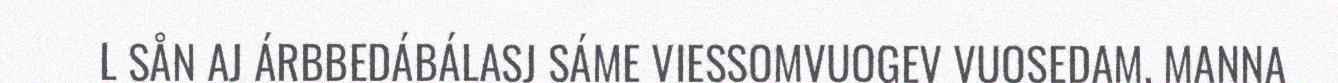
L SÅN AJ ÁRBBEDÁBÁLASJ SÁME VIESSOMVUOGEV VUOSEDAM, MANNA